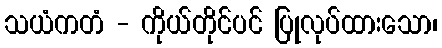
သယံကတံ - ကိုယ်တိုင်ပင် ပြုလုပ်ထားသော၊